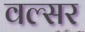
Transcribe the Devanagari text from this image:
वल्सर